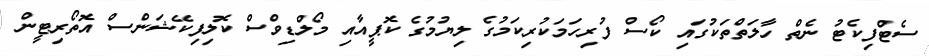
ސެޓްފިކެޓު ނެތް ހާލަތްތަކުގައި ކޯސް ފުރިހަމަކުރިކަމުގެ ލިޔުމުގެ ކޮޕީއާއި މޯލްޑިވްސް ކޮލިފިކޭޝަންސް އޮތޯރިޓީން